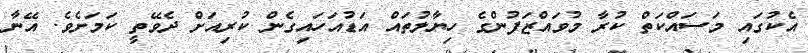
އެކުގައި މަސައްކަތް ކުރާ މުވައްޒަފުންގެ ހިޔާލުތައް އަޑުއަހައިގެން ކުރިއަށް ދެވޭތީ ކަމަށެވެ. އޭނާ